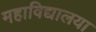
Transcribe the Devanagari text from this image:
महाविद्यालया